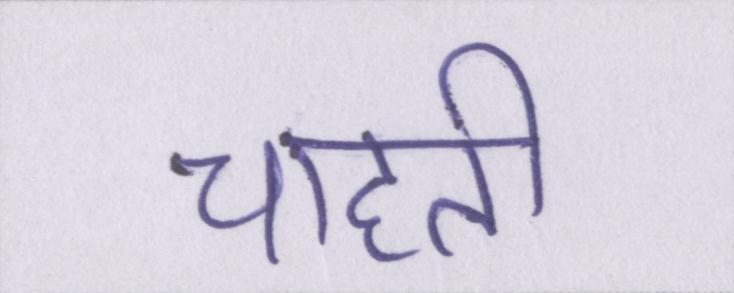
चाहती